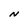
Character: N